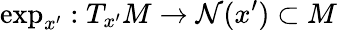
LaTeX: \exp_{x^{\prime}}:T_{x^{\prime}}M\rightarrow\mathcal{N}(x^{\prime})\subset M